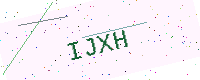
Text: IJXH